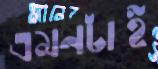
এমনটাই